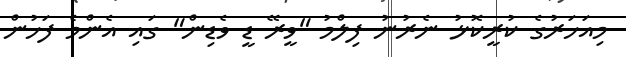
މިއަހަރުގެ ކުރީކޮޅު ނެރުނު ފިލްމު "ވީރޭ ޑީ ވެޑިން" ގައި އެންމެ ފަހުން